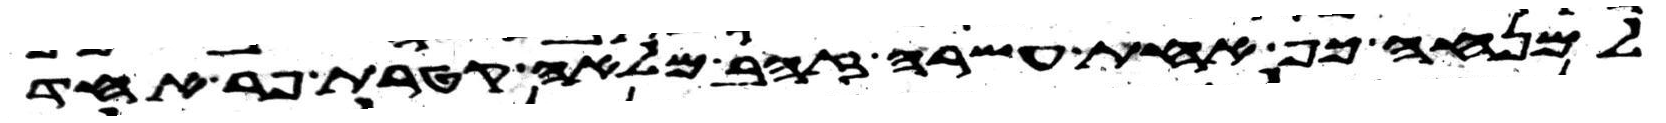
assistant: למנחה כף אחת עשרה זהב מלאה קטרת פר אחד